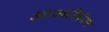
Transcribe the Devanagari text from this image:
आश्शीर्वचन